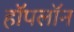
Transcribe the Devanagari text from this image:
हॉपलॉन